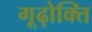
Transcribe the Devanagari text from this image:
गूढ़ोक्ति